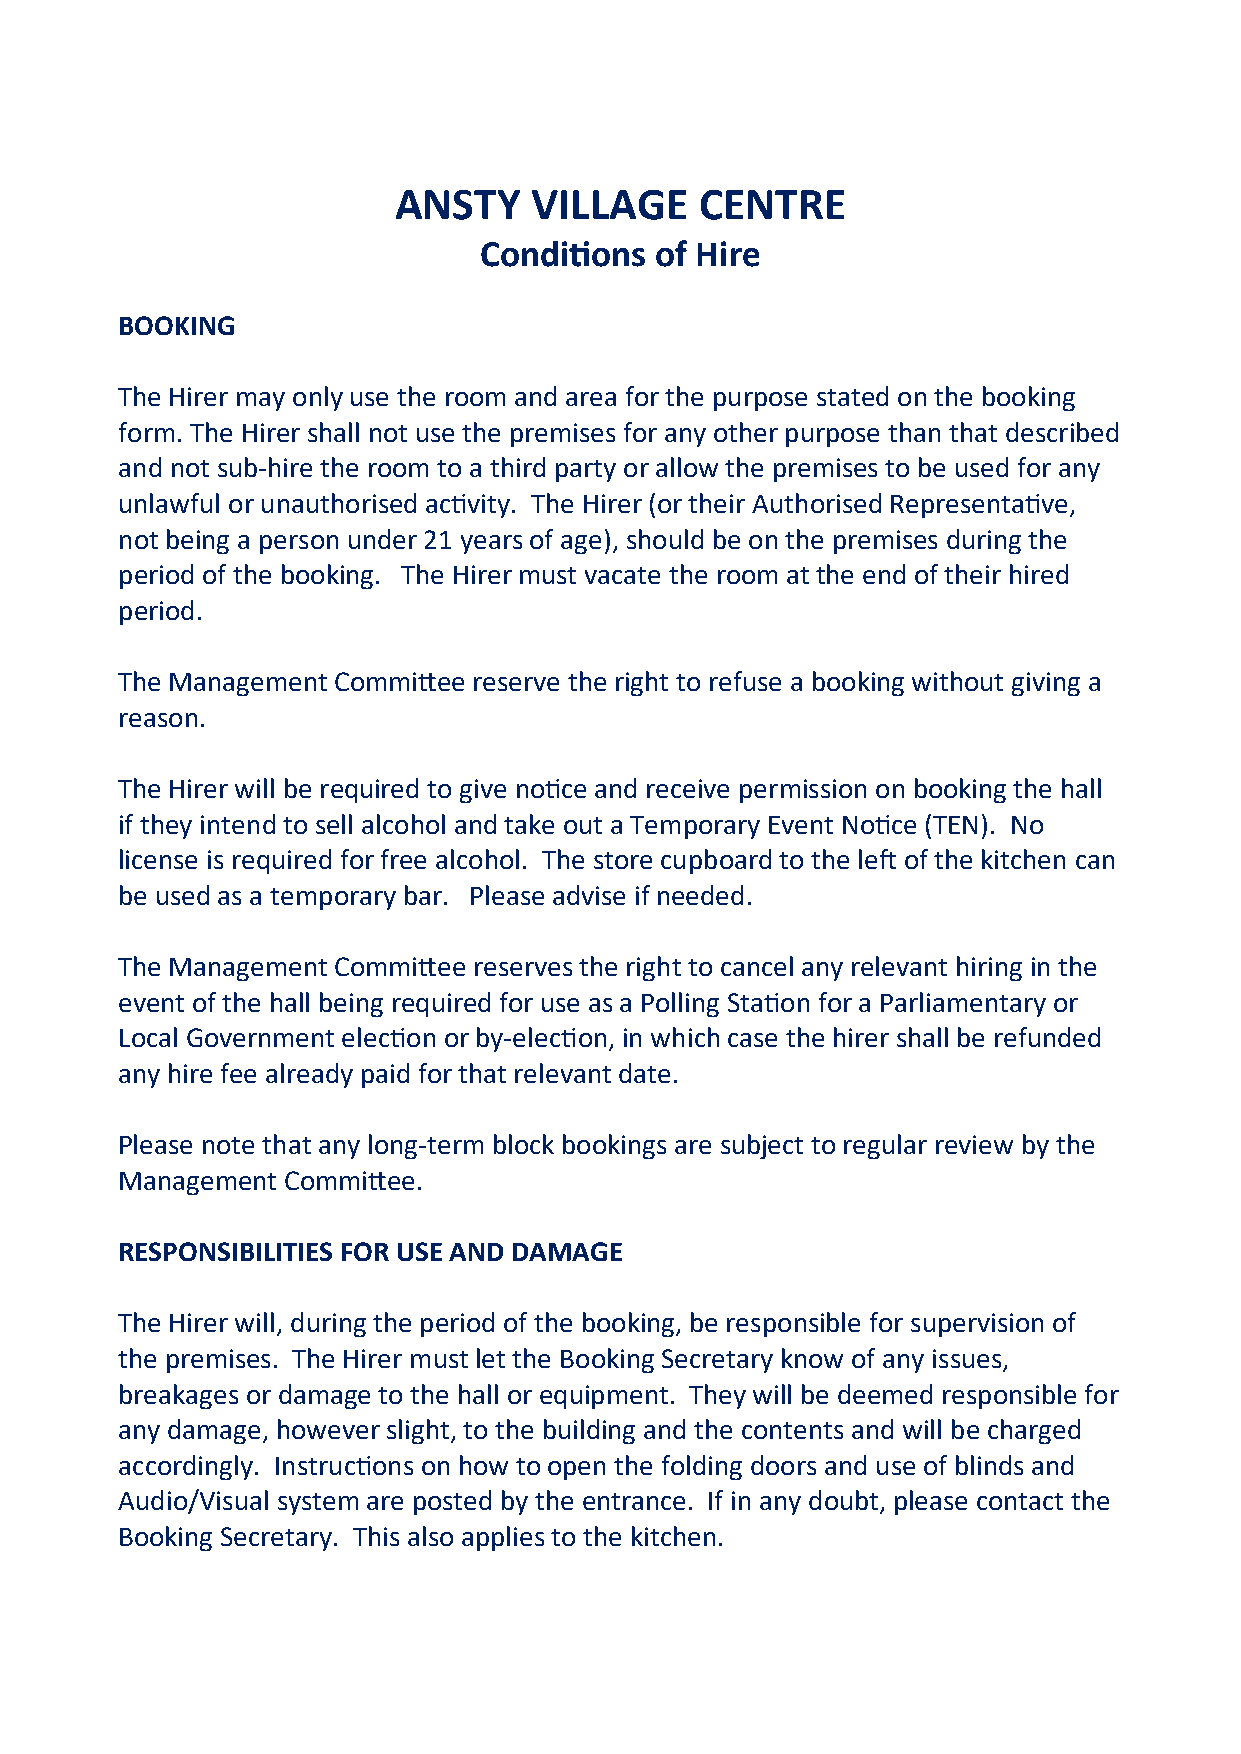
ANSTY    VILLAGE    CENTRE
 Conditions of Hire
 BOOKING
 The Hirer may only use the room and area for the purpose stated on the booking
 form. The Hirer shall not use the premises for any other purpose than that described
 and not sub-hire the room to a third party or allow the premises to be used for any
 unlawful or unauthorised activity. The Hirer (or their Authorised Representative,
 not being a person under 21 years of age), should be on the premises during the
 period of the booking. The Hirer must vacate the room at the end of their hired
 period.
 The Management Committee reserve the right to refuse a booking without giving a
 reason.
 The Hirer will be required to give notice and receive permission on booking the hall
 if they intend to sell alcohol and take out a Temporary Event Notice (TEN). No
 license is required for free alcohol. The store cupboard to the left of the kitchen can
 be used as a temporary bar. Please advise if needed.
 The Management Committee reserves the right to cancel any relevant hiring in the
 event of the hall being required for use as a Polling Station for a Parliamentary or
 Local Government election or by-election, in which case the hirer shall be refunded
 any hire fee already paid for that relevant date.
 Please note that any long-term block bookings are subject to regular review by the
 Management Committee.
 RESPONSIBILITIES FOR USE AND DAMAGE
 The Hirer will, during the period of the booking, be responsible for supervision of
 the premises. The Hirer must let the Booking Secretary know of any issues,
 breakages or damage to the hall or equipment. They will be deemed responsible for
 any damage, however slight, to the building and the contents and will be charged
 accordingly. Instructions on how to open the folding doors and use of blinds and
 Audio/Visual system are posted by the entrance. If in any doubt, please contact the
 Booking Secretary. This also applies to the kitchen.